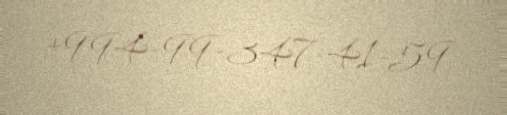
+994-99-347-41-59